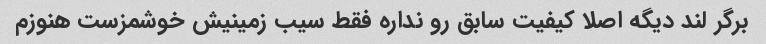
برگر لند دیگه اصلا کیفیت سابق رو نداره فقط سیب زمینیش خوشمزست هنوزم